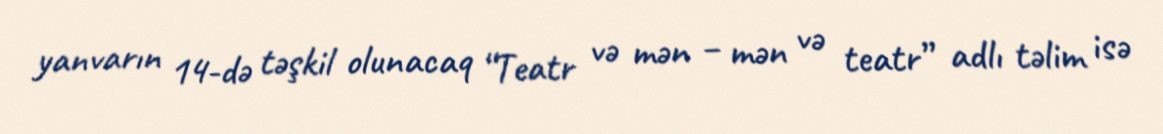
yanvarın 14-də təşkil olunacaq “Teatr və mən – mən və teatr” adlı təlim isə